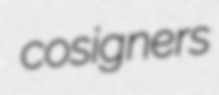
cosigners